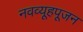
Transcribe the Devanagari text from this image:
नवव्यूहपूजन